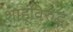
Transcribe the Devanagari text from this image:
शाहूंविरुद्घ